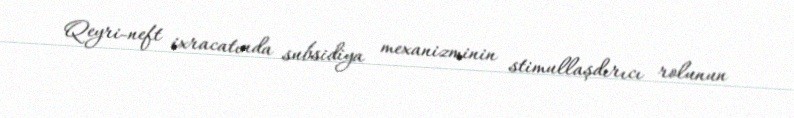
Qeyri-neft ixracatında subsidiya mexanizminin stimullaşdırıcı rolunun